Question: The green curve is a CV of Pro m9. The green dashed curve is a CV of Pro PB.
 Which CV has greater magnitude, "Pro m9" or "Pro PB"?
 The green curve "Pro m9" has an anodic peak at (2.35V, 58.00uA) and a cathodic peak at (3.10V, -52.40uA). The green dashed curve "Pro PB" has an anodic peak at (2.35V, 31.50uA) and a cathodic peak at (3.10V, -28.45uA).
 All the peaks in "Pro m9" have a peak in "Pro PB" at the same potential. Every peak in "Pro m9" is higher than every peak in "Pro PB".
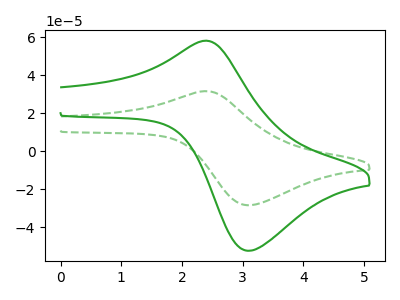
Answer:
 <answer>"Pro m9" has more signal than "Pro PB".</answer>
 <eval>more_signal</eval>